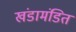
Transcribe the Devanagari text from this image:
खंडामंडित